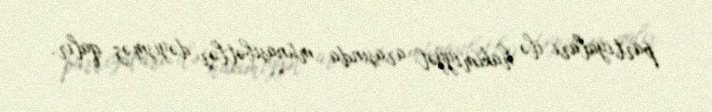
partiyaları ilə hakimiyyət arasında münasibətlər dəyişməz qalır.